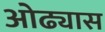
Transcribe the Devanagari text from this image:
ओढ्यास